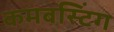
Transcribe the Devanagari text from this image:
कमबस्टिंग